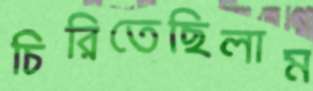
চিরিতেছিলাম